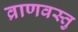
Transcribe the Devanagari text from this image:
व्राणवस्तु